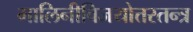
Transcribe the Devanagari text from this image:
मालिनीविजयोत्तरतन्त्र